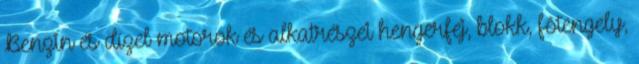
Benzin és dízel motorok és alkatrészei hengerfej, blokk, fõtengely,